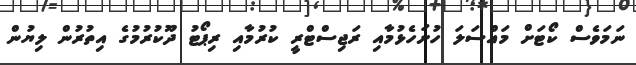
ނަމަވެސް ކޯޓަށް މައްސަލަ ހުށަހެޅުމާއި ރަޖިސްޓްރީ ކުރުމާއި ރިޕޯޓު ދޫކުރުމުގެ އިތުރުން ލިޔުން